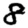
Digit: 8